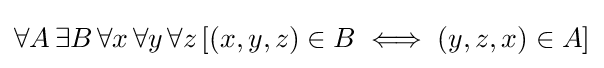
\forall A\,\exists B\,\forall x\,\forall y\,\forall z\,[(x,y,z)\in B\iff (y,z,x)\in A]